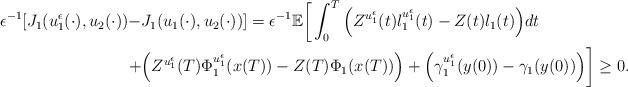
LaTeX: \begin{align*}\begin{aligned}\epsilon^{-1}[J_1(u_1^\epsilon(\cdot),u_2(\cdot))-&J_1(u_1(\cdot),u_2(\cdot))]=\epsilon^{-1}\mathbb{E}\bigg[\int_0^T\Big(Z^{u_1^\epsilon}(t)l_1^{u_1^\epsilon}(t)-Z(t)l_1(t)\Big)dt\\+&\Big(Z^{u_1^\epsilon}(T)\Phi_1^{u_1^\epsilon}(x(T))-Z(T)\Phi_1(x(T))\Big)+\Big(\gamma_1^{u_1^\epsilon}(y(0))-\gamma_1(y(0))\Big)\bigg]\geq 0.\end{aligned}\end{align*}